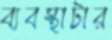
ব্যবস্থাটার